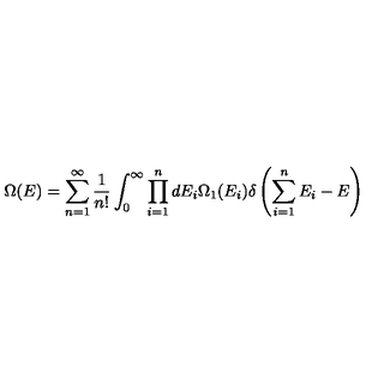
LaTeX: \Omega ( E ) = \sum _ { n = 1 } ^ { \infty } \frac { 1 } { n ! } \int _ { 0 } ^ { \infty } \prod _ { i = 1 } ^ { n } d E _ { i } \Omega _ { 1 } ( E _ { i } ) \delta \left( \sum _ { i = 1 } ^ { n } E _ { i } - E \right)